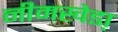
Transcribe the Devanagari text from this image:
नीमखेडा़